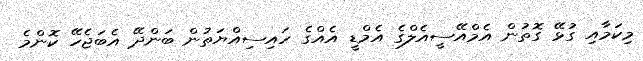
މިކަމާއި ގުޅޭ ގޮތުން އެމްއޭސީއެލްގެ އެމްޑީ އެއްގެ ހައިސިއްޔަތުން ބަންދޭ އެބަޖެހޭ ކޮންމެ